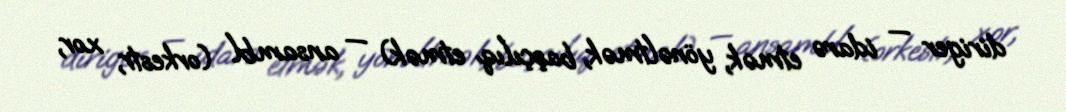
diriger — idarə etmək, yönəltmək, başçılıq etmək) — ansambl (orkestr, xor,